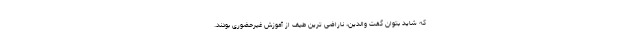
که شاید بتوان گفت والدین، ناراضی ترین طیف از آموزش غیرحضوری بودند.